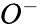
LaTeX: O^{-}